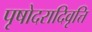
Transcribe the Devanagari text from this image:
पृषोदरादिवृत्ति